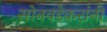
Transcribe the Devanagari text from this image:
सोनवडेकरांनी